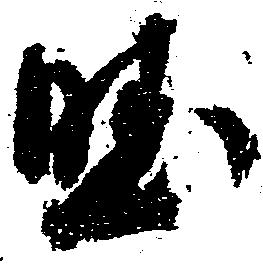
堅